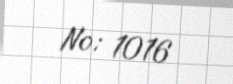
№: 1016